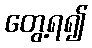
တွေ့ရ၍